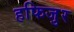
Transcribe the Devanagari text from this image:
हफिजुर